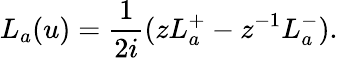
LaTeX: L_{a}(u)={\frac{1}{2i}}(zL_{a}^{+}-z^{-1}L_{a}^{-}).